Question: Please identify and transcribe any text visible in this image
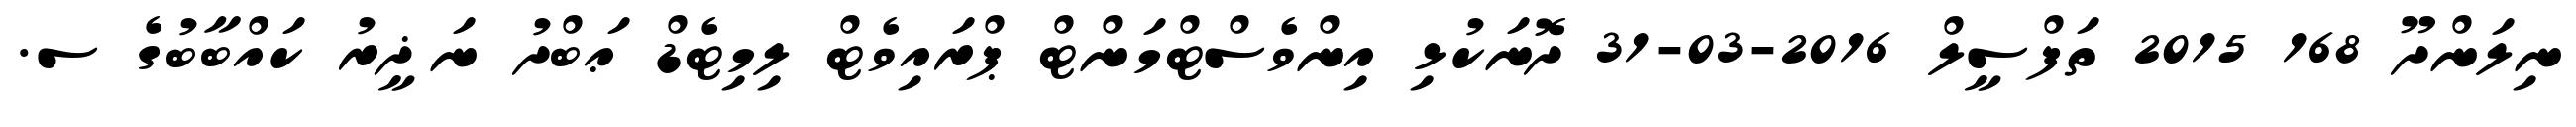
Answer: ނިލަންދޫ 168 2015 ތަފްސީލް 2016-03-31 ދޮނަކުޅި އިންވެސްޓްމަންޓް ޕްރައިވެޓް ލިމިޓެޑް ޢަބްދު ނަޛީރު ކައްބާބުގެ ސ.